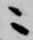
ニ